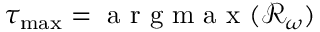
\tau _ { \operatorname* { m a x } } = \ensuremath { \mathrm { ~ a ~ r ~ g ~ m ~ a ~ x ~ } } ( \mathcal { R } _ { \omega } )